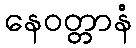
နေဝတ္တာနံ